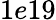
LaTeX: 1e19